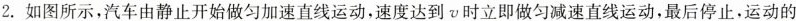
2.如图所示，汽车由静止开始做匀加速直线运动，速度达到v时立即做匀减速直线运动，最后停止，运动的